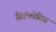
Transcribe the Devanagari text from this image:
सिटॅकोसिस